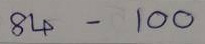
84 - 100